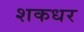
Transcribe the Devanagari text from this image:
शकधर